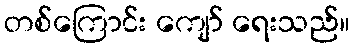
တစ်ကြောင်း ကျော် ရေးသည်။